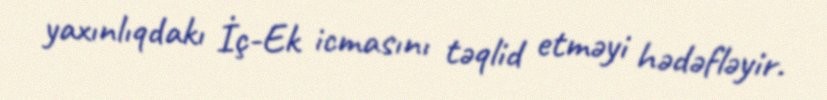
yaxınlıqdakı İç-Ek icmasını təqlid etməyi hədəfləyir.